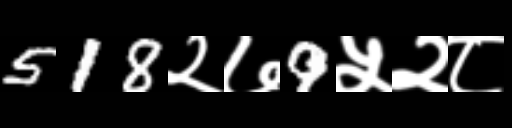
Text: 518२७9५२८